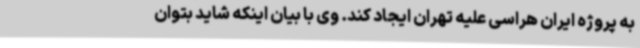
به پروژه ایران هراسی علیه تهران ایجاد کند. وی با بیان اینکه شاید بتوان